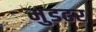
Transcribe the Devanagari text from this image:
मुडढर